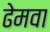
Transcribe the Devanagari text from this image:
ढेमवा